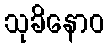
သုခိနောဝ